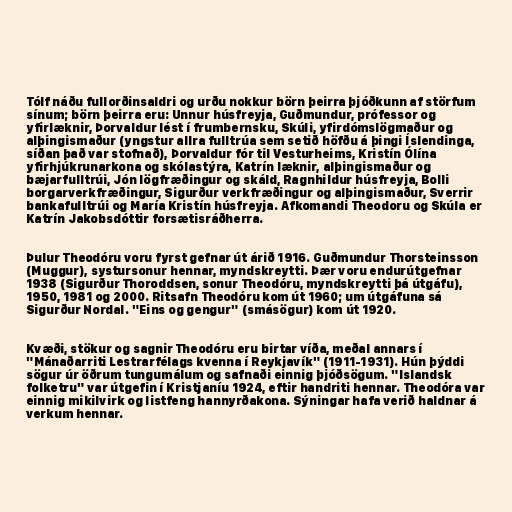
Tólf náðu fullorðinsaldri og urðu nokkur börn þeirra þjóðkunn af störfum
sínum; börn þeirra eru: Unnur húsfreyja, Guðmundur, prófessor og
yfirlæknir, Þorvaldur lést í frumbernsku, Skúli, yfirdómslögmaður og
alþingismaður (yngstur allra fulltrúa sem setið höfðu á þingi Íslendinga,
síðan það var stofnað), Þorvaldur fór til Vesturheims, Kristín Ólína
yfirhjúkrunarkona og skólastýra, Katrín læknir, alþingismaður og
bæjarfulltrúi, Jón lögfræðingur og skáld, Ragnhildur húsfreyja, Bolli
borgarverkfræðingur, Sigurður verkfræðingur og alþingismaður, Sverrir
bankafulltrúi og María Kristín húsfreyja. Afkomandi Theodoru og Skúla er
Katrín Jakobsdóttir forsætisráðherra.

Þulur Theodóru voru fyrst gefnar út árið 1916. Guðmundur Thorsteinsson
(Muggur), systursonur hennar, myndskreytti. Þær voru endurútgefnar
1938 (Sigurður Thoroddsen, sonur Theodóru, myndskreytti þá útgáfu),
1950, 1981 og 2000. Ritsafn Theodóru kom út 1960; um útgáfuna sá
Sigurður Nordal. "Eins og gengur" (smásögur) kom út 1920.

Kvæði, stökur og sagnir Theodóru eru birtar víða, meðal annars í
"Mánaðarriti Lestrarfélags kvenna í Reykjavík" (1911-1931). Hún þýddi
sögur úr öðrum tungumálum og safnaði einnig þjóðsögum. "Islandsk
folketru" var útgefin í Kristjaníu 1924, eftir handriti hennar. Theodóra var
einnig mikilvirk og listfeng hannyrðakona. Sýningar hafa verið haldnar á
verkum hennar.